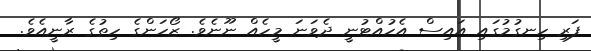
ފަރި ހިނގުމުގައި އައިސް އެހުއްޓުނީ ދެވަނަ މީހެއް ނޫނެވެ. ޒޯހަންގެ ހިތުގެ ރާނީއެވެ.